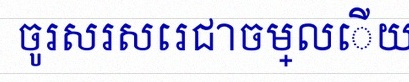
ចូរសរសេរជាចម្លើយ